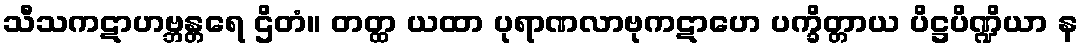
သီသကဋာဟဗ္ဘန္တရေ ဌိတံ။ တတ္ထ ယထာ ပုရာဏလာဗုကဋာဟေ ပက္ခိတ္တာယ ပိဋ္ဌပိဏ္ဍိယာ န